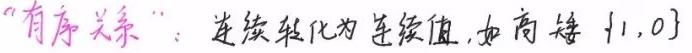
“有序关系”：连续转化为连续值，如商接 $\{1,0\}$